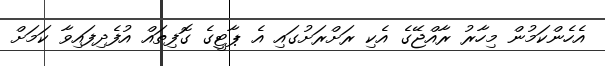
އެހެންކަމުން މިހާރު ރާއްޖޭގެ އެކި ރަށްރަށުގައި އެ ޕާޓީގެ ގޮފިތައް އުފެދިފައިވާ ކަމަށް